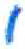
אות: י